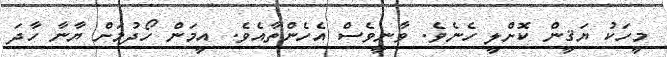
މީހަކު ޔަޤީން ކޮށްލީ ހެނެވެ. ވާނީވެސް އެހެންތާއެވެ. އީމަން ހޯދުމަށް ޔާނާ ހާދަ